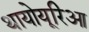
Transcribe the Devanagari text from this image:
थायोयूरिआ